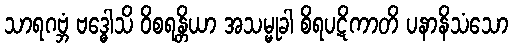
သာရဂဗ္ဘံ ဗဒ္ဓေါသိ ဝိစရန္တိယာ အသမ္မုခါ စိရပဋိကာတိ ပနာနိသံသော